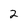
Character: 2